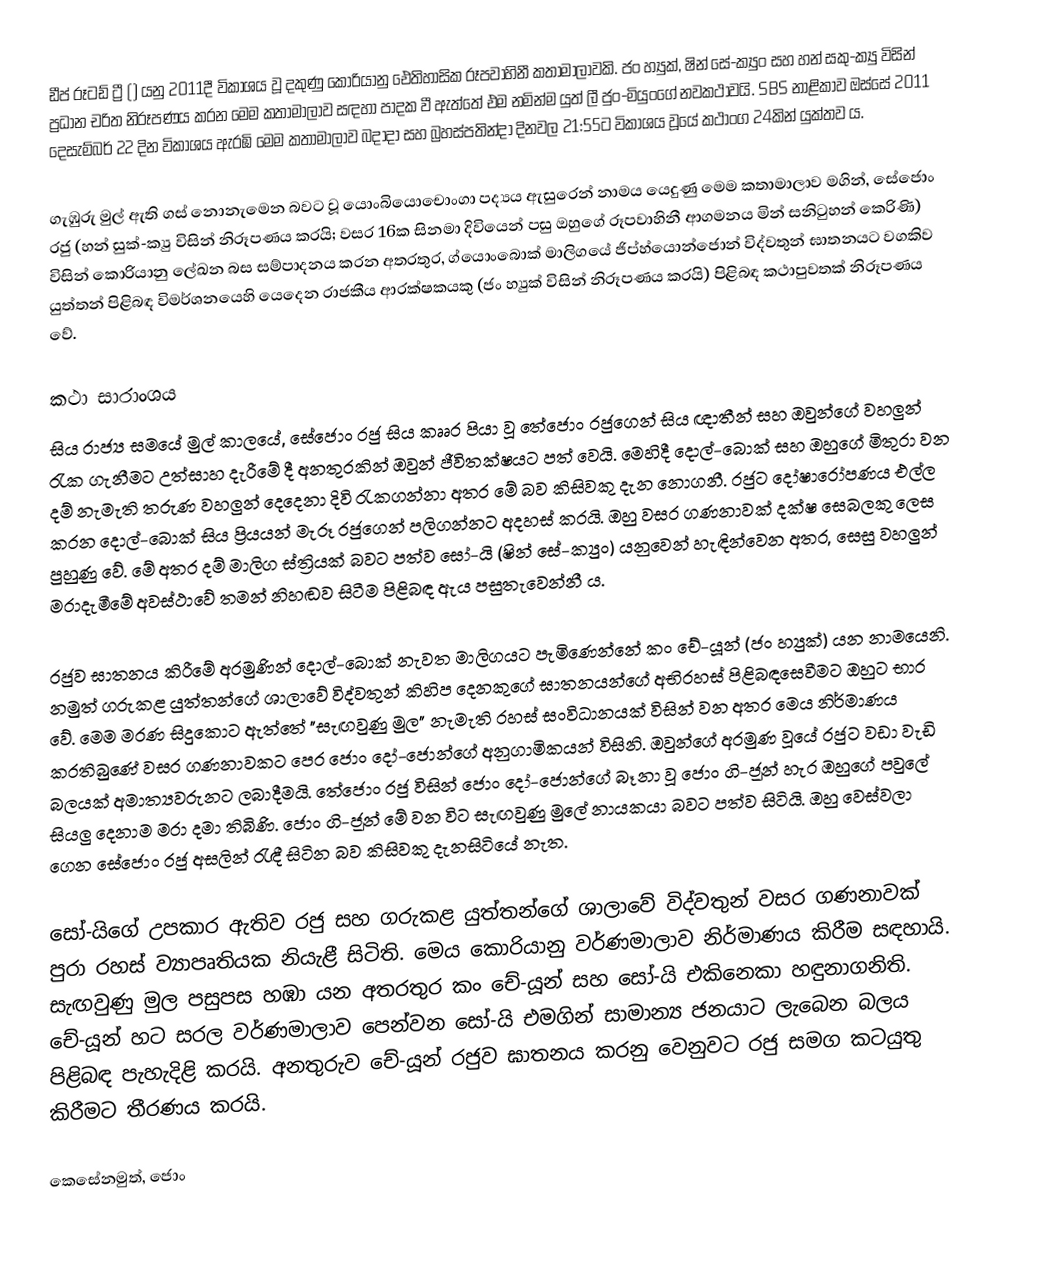
ඩීප් රූටඩ් ට්‍රී () යනු 2011දී විකාශය වූ දකුණු කොරියානු ඓතිහාසික රූපවාහිනී කතාමාලාවකි. ජං හ්‍යුක්, ෂින් සේ-ක්‍යුං සහ හන් සකු-ක්‍යු විසින් ප්‍රධාන චරිත නිරූපණය කරන මෙම කතාමාලාව සඳහා පාදක වී ඇත්තේ එම නමින්ම යුත් ලී ජුං-මියුංගේ නවකථාවයි. SBS නාළිකාව ඔස්සේ 2011 දෙසැම්බර් 22 දින විකාශය ඇරඹි මෙම කතාමාලාව බදාදා සහ බ්‍රහස්පතින්දා දිනවල 21:55ට විකාශය වූයේ කථාංග 24කින් යුක්තව ය.

ගැඹුරු මුල් ඇති ගස් නොනැමෙන බවට වූ යොංබියොචොංගා පද්‍යය ඇසුරෙන් නාමය යෙදුණු මෙම කතාමාලාව මගින්, සේජොං රජු (හන් සුක්-ක්‍යු විසින් නිරූපණය කරයි; වසර 16ක සිනමා දිවියෙන් පසු ඔහුගේ රූපවාහිනී ආගමනය මින් සනිටුහන් කෙරිණි) විසින් කොරියානු ලේඛන බස සම්පාදනය කරන අතරතුර, ග්යොංබොක් මාලිගයේ ජිප්හ්යොන්ජොන් විද්වතුන් ඝාතනයට වගකිව යුත්තන් පිළිබඳ විමර්ශනයෙහි යෙදෙන රාජකීය ආරක්ෂකයකු (ජං හ්‍යුක් විසින් නිරූපණය කරයි) පිළිබඳ කථාපුවතක් නිරූපණය වේ.

කථා සාරාංශය
සිය රාජ්‍ය සමයේ මුල් කාලයේ, සේජොං රජු සිය කෲර පියා වූ තේජොං රජු‍ගෙන් සිය ඥාතීන් සහ ඔවුන්ගේ වහලුන් රැක ගැනීමට උත්සාහ දැරීමේ දී අනතුරකින් ඔවුන් ජීවිතක්ෂයට පත් වෙයි. මෙහිදී දොල්-බොක් සහ ඔහුගේ මිතුරා වන දම් නැමැති තරුණ වහලුන් දෙදෙනා දිවි රැකගන්නා අතර මේ බව කිසිවකු දැන නොගනී. රජුට දෝෂාරෝපණය එල්ල කරන දොල්-බොක් සිය ප්‍රියයන් මැරූ රජුගෙන් පලිගන්නට අදහස් කරයි. ඔහු වසර ගණනාවක් දක්ෂ සෙබලකු ලෙස පුහුණු වේ. මේ අතර දම් මාලිග ස්ත්‍රියක් බවට පත්ව සෝ-යි (ෂින් සේ-ක්‍යුං) යනුවෙන් හැඳින්වෙන අතර, සෙසු වහලුන් මරාදැමීමේ අවස්ථාවේ තමන් නිහඬව සිටීම පිළිබඳ ඇය පසුතැවෙන්නී ය.

රජුව ඝාතනය කිරීමේ අරමුණින් දොල්-බොක් නැවත මාලිගයට පැමිණෙන්නේ කං චේ-යූන් (ජං හ්‍යුක්) යන නාමයෙනි‍. නමුත් ගරුකළ යුත්තන්ගේ ශාලාවේ විද්වතුන් කිහිප දෙනකුගේ ඝාතනයන්ගේ අභිරහස් පිළිබඳසෙවීමට ඔහුට භාර වේ. මෙම මරණ සිදුකොට ඇත්තේ "සැඟවුණු මුල" නැමැති රහස් සංවිධානයක් විසින් වන අතර මෙය නිර්මාණය කරතිබුණේ වසර ගණනාවකට පෙර ජොං දෝ-ජොන්ගේ අනුගාමිකයන් විසිනි. ඔවුන්ගේ අරමුණ වූයේ රජුට වඩා වැඩි බලයක් අමාත්‍යවරුනට ලබාදීමයි. තේජොං රජු විසින් ජොං දෝ-ජොන්ගේ බෑනා වූ ජොං ගි-ජූන් හැර ඔහුගේ පවුලේ සියලු දෙනාම මරා දමා තිබිණි. ජොං ගි-ජූන් මේ වන විට සැඟවුණු මුලේ නායකයා බවට පත්ව සිටියි. ඔහු වෙස්වලා ගෙන සේජොං රජු අසලින් රැඳී සිටින බව කිසිවකු දැනසිටියේ නැත.

සෝ-යිගේ උපකාර ඇතිව රජු සහ ගරුකළ යුත්තන්ගේ ශාලාවේ විද්වතුන් වසර ගණනාවක් පුරා රහස් ව්‍යාපෘතියක නියැළී සිටිති. මෙය කොරියානු වර්ණමාලාව නිර්මාණය කිරීම සඳහායි. සැඟවුණු මුල පසුපස හඹා යන අතරතුර කං චේ-යූන් සහ සෝ-යි එකිනෙකා හඳුනාගනිති. චේ-යූන් හට සරල වර්ණමාලාව පෙන්වන සෝ-යි එමගින් සාමාන්‍ය ජනයාට ලැබෙන බලය පිළිබඳ පැහැදිළි කරයි. අනතුරුව චේ-යූන් රජුව ඝාතනය කරනු වෙනුවට රජු සමග කටයුතු කිරීමට තීරණය කරයි.

කෙසේනමුත්, ජොං